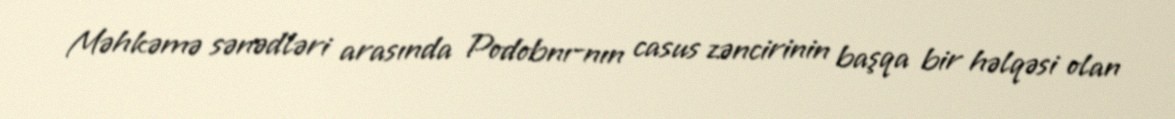
Məhkəmə sənədləri arasında Podobnı-nın casus zəncirinin başqa bir həlqəsi olan